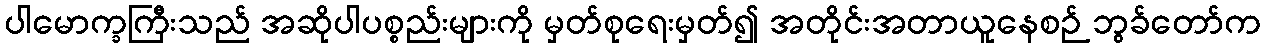
ပါမောက္ခကြီးသည် အဆိုပါပစ္စည်းများကို မှတ်စုရေးမှတ်၍ အတိုင်းအတာယူနေစဉ် ဘွခ်တော်က